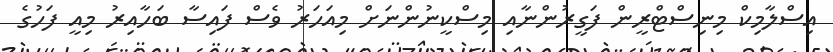
އިސްލާމިކް މިނިސްޓްރީން ފަގީރުންނާއި މިސްކީނުންނަށް މިއަހަރު ވެސް ފައިސާ ބަހާއިރު މިއީ ފަހުގެ